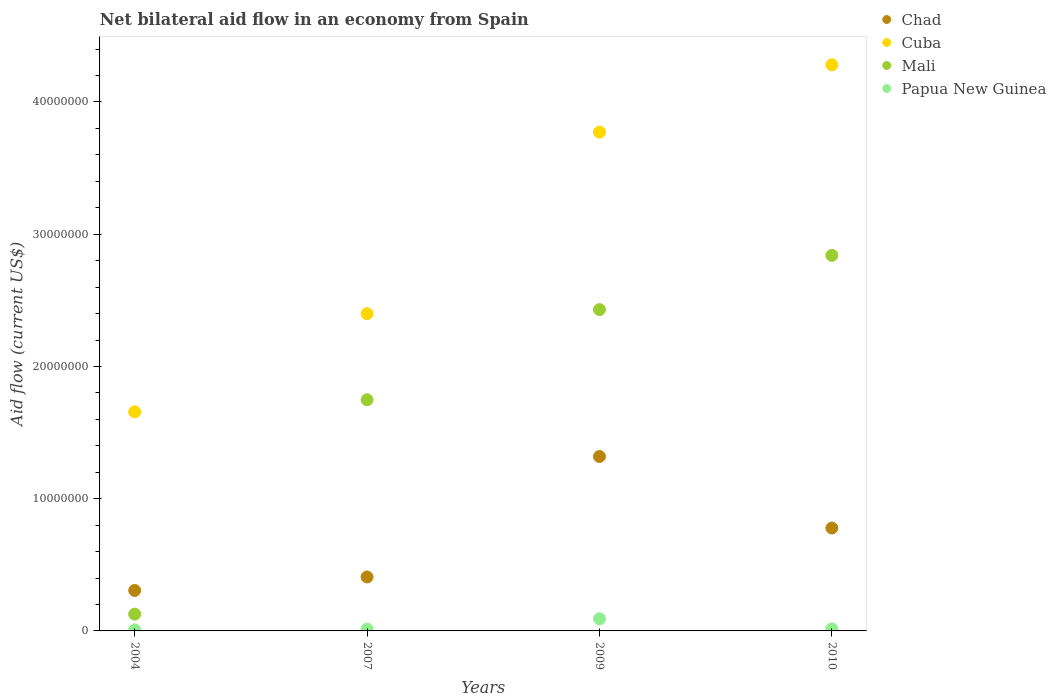
| Years | Chad | Cuba | Mali | Papua New Guinea |
 | --- | --- | --- | --- | --- |
 | 2004 | 3.06e+06 | 1.66e+07 | 1.27e+06 | 8e+04 |
 | 2007 | 4.08e+06 | 2.4e+07 | 1.75e+07 | 1.4e+05 |
 | 2009 | 1.32e+07 | 3.77e+07 | 2.43e+07 | 9.2e+05 |
 | 2010 | 7.78e+06 | 4.28e+07 | 2.84e+07 | 1.5e+05 |